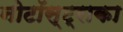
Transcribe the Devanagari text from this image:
नोटॉस्ट्राका